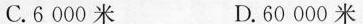
C.6000米 D.60000米